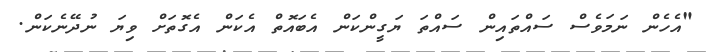
"އެހެން ނަމަވެސް ސައްތައިން ސައްތަ ޔަގީންކަން އެބައޮތް އެކަން އެގޮތަށް ވިޔަ ނުދޭނެކަން.